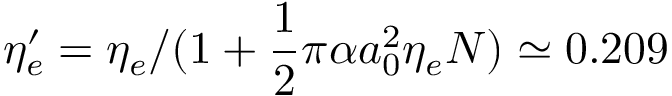
\eta _ { e } ^ { \prime } = \eta _ { e } / ( 1 + \frac { 1 } { 2 } \pi \alpha a _ { 0 } ^ { 2 } \eta _ { e } N ) \simeq 0 . 2 0 9